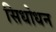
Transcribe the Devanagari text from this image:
सिधोधन